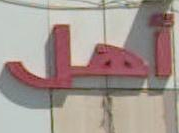
امل